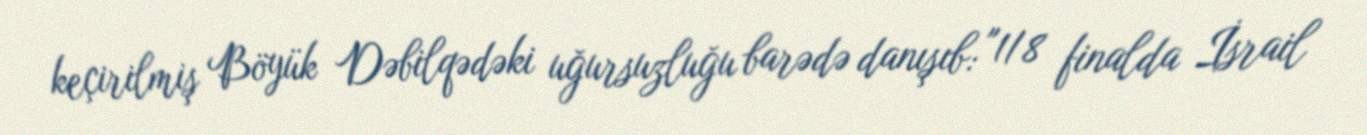
keçirilmiş Böyük Dəbilqədəki uğursuzluğu barədə danışıb: "1/8 finalda İsrail